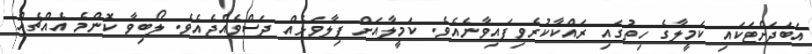
އަބަދަށްޓަކައި ކަމީލާގެ ހިތުގައި ރައްކާކުރެވިފައިވާނެއެވެ. ކަމީލާއަށް ފިލާވަޅެއް ދަސްވެއްޖެއެވެ. ލޯބިވާ ކޮންމެ އެއްޗެއް